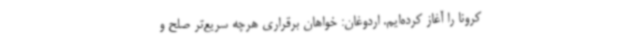
کرونا را آغاز کرده‌ایم. اردوغان: خواهان برقراری هرچه سریع‌تر صلح و